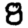
Digit: 8